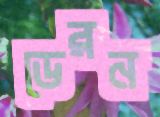
ডেরন